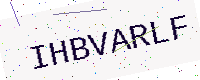
Text: IHBVARLF